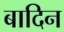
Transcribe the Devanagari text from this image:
बादिन